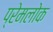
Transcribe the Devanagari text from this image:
प्रेमलोक